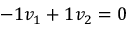
- 1 v _ { 1 } + 1 v _ { 2 } = 0